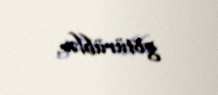
götürüblər.